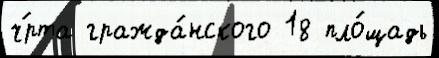
ч́рта гражда́нского 18 пло́щадь